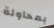
بمحاولة